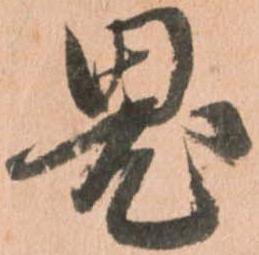
鬼